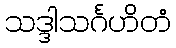
သဒ္ဒါသင်္ဂဟိတံ